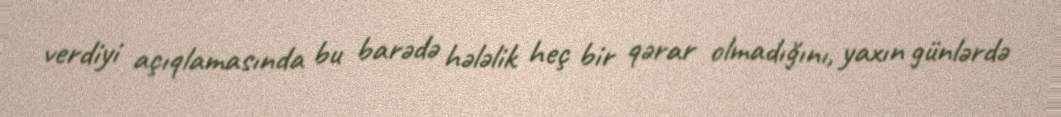
verdiyi açıqlamasında bu barədə hələlik heç bir qərar olmadığını, yaxın günlərdə